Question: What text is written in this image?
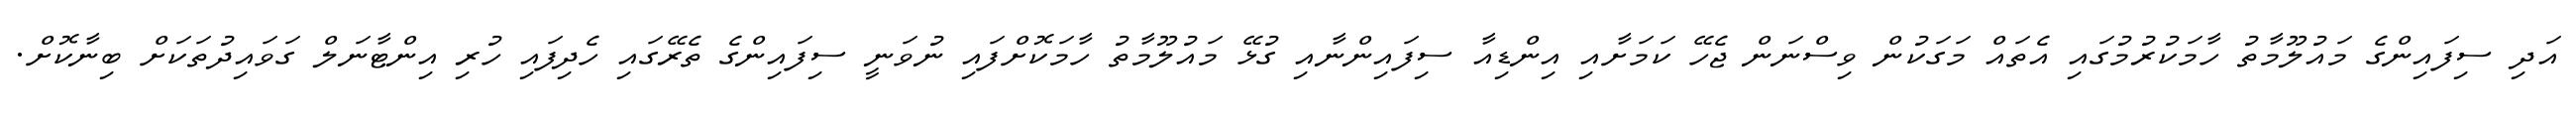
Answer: އަދި ސިފައިންގެ މައުލޫމާތު ހާމަކުރުމުގައި އެތައް މަގަކުން ވިސްނަން ޖެހޭ ކަމަށާއި އިންޑިއާ ސިފައިންނާއި ގުޅޭ މައުލޫމާތު ހާމަކޮށްފައި ނުވަނީ ސިފައިންގެ ތެރޭގައި ހެދިފައި ހުރި އިންޓާނަލް ގަވައިދުތަކަށް ބިނާކޮށް.